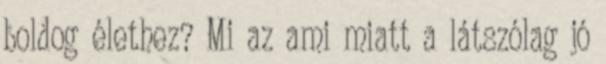
boldog élethez? Mi az ami miatt a látszólag jó